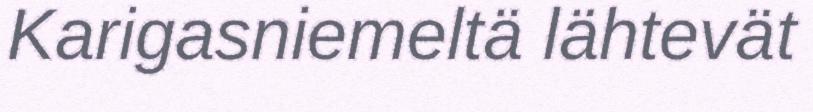
Karigasniemeltä lähtevät